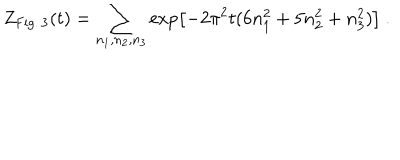
Z _ { \mathrm { F i g . \, 3 } } ( t ) = \sum _ { n _ { 1 } , n _ { 2 } , n _ { 3 } } \exp \left[ - 2 \pi ^ { 2 } t ( 6 n _ { 1 } ^ { 2 } + 5 n _ { 2 } ^ { 2 } + n _ { 3 } ^ { 2 } ) \right] ~ .